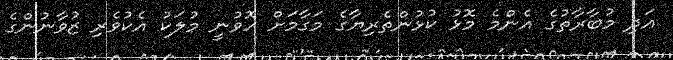
އަދި މުބާރާތުގެ އެންމެ މޮޅު ކުޅުންތެރިޔާގެ މަގާމަށް ހޮވުނީ މުލަކު އެކުވެރި ޒުވާނުންގެ